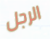
الرجل